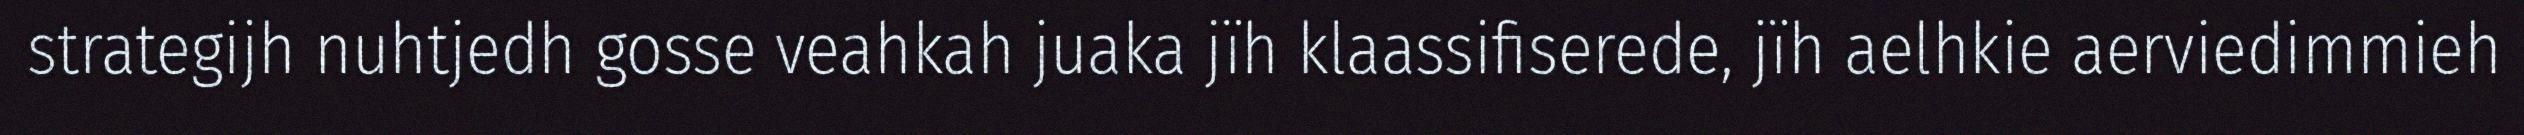
strategijh nuhtjedh gosse veahkah juaka jïh klaassifiserede, jïh aelhkie aerviedimmieh